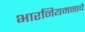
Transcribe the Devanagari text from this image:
भारनियमनाचे